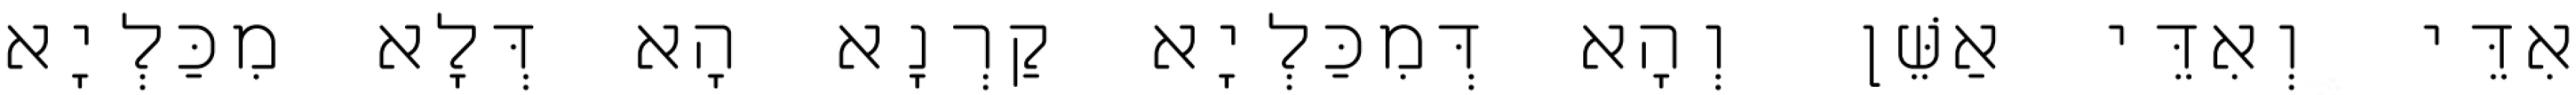
אִדֵּי וְאִדֵּי אַשֵּׁן וְהָא דְּמִכַּלְיָא קַרְנָא הָא דְּלָא מִכַּלְיָא